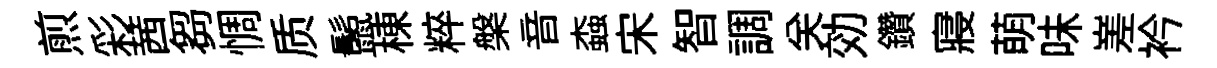
煎彩茜芻惆质鬛棟粹槃音螙宋智調关効鑽寢萌味嵳衿